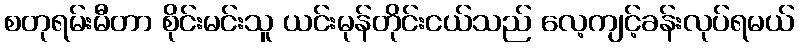
စတုရမ်းမီတာ စိုင်းမင်းသူ ယင်းမုန်တိုင်းငယ်သည် လေ့ကျင့်ခန်းလုပ်ရမယ်